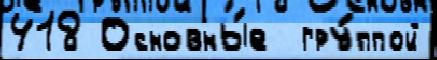
418 Основны́е  гру́ппой